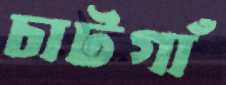
চাটগাঁ